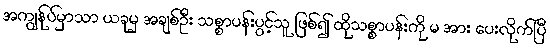
အကျွန်ုပ်မှာသာ ယခုမှ အချစ်ဦး သစ္စာပန်းပွင့်သူ ဖြစ်၍ ထိုသစ္စာပန်းကို မ အား ပေးလိုက်ပြီ